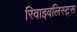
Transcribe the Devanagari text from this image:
रिवाइवलिस्ट्स